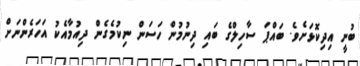
ބުނީ އިދިކޮޅަށެވެ. ބައްޕަ ސާހިލްގެ ބައި ދިނުމުން ހަސަން ނިކުމެގެން ދިއުމާއެކު އަހަރެންނަށް